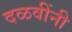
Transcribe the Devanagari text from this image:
दळवींनी